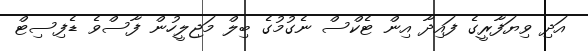
އަދި ވިޔަފާރީގެ ފައިދާ އިން ޓެކްސް ނެގުމުގެ ބިލް މަޖިލީހުން ފާސްވެ ޑެފިސިޓް